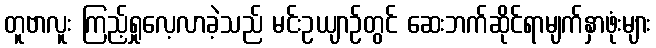
တူဗာလူး ကြည့်ရှုလေ့လာခဲ့သည် မင်းဥယျာဉ်တွင် ဆေးဘက်ဆိုင်ရာမျက်နှာဖုံးများ